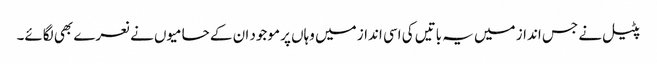
پٹیل نے جس انداز میں یہ باتیں کی اسی انداز میں وہاں پر موجود ان کے حامیوں نے نعرے بھی لگائے۔